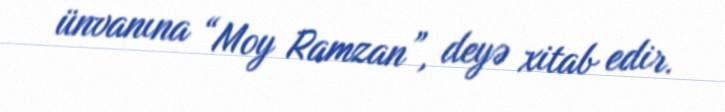
ünvanına “Moy Ramzan”, deyə xitab edir.